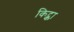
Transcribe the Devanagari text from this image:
किट्का